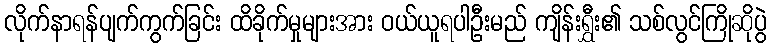
လိုက်နာရန်ပျက်ကွက်ခြင်း ထိခိုက်မှုများအား ဝယ်ယူရပါဦးမည် ကျိန်းရွှီး၏ သစ်လွင်ကြိုဆိုပွဲ